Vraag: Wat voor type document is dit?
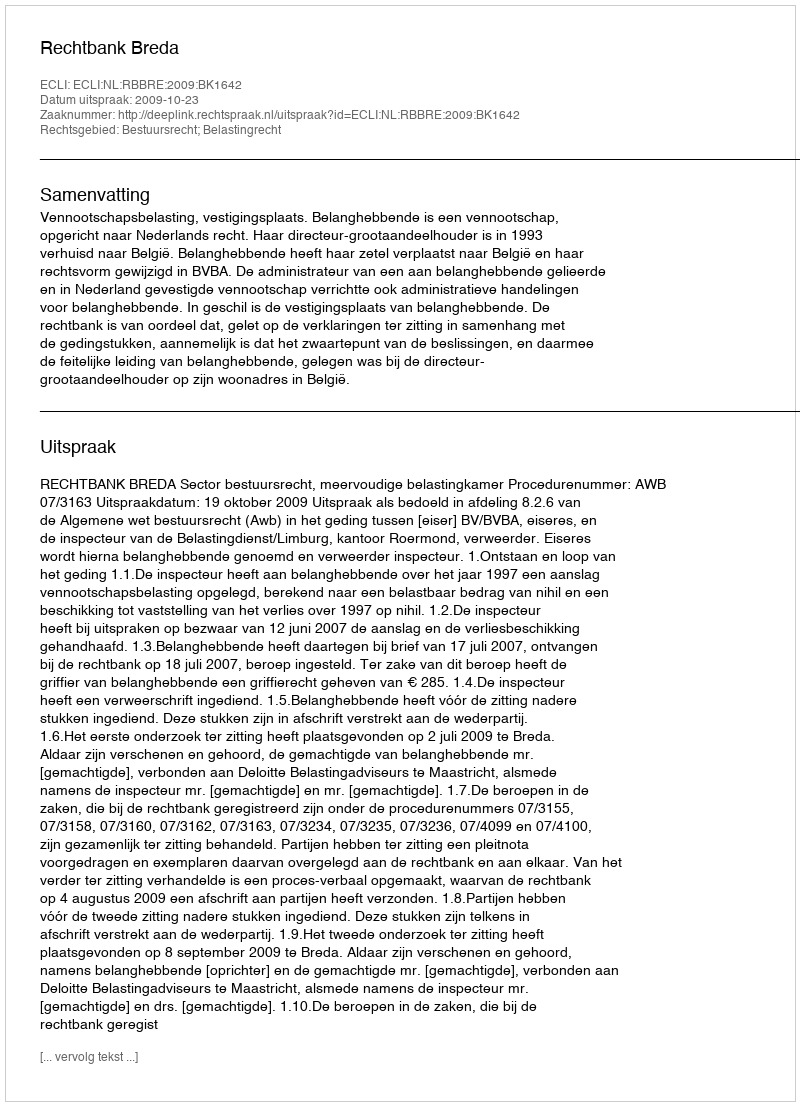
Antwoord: Uitspraak